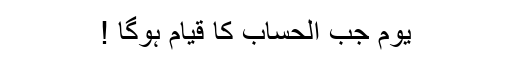
یوم جب الحساب کا قیام ہوگا !